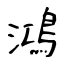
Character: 鴻